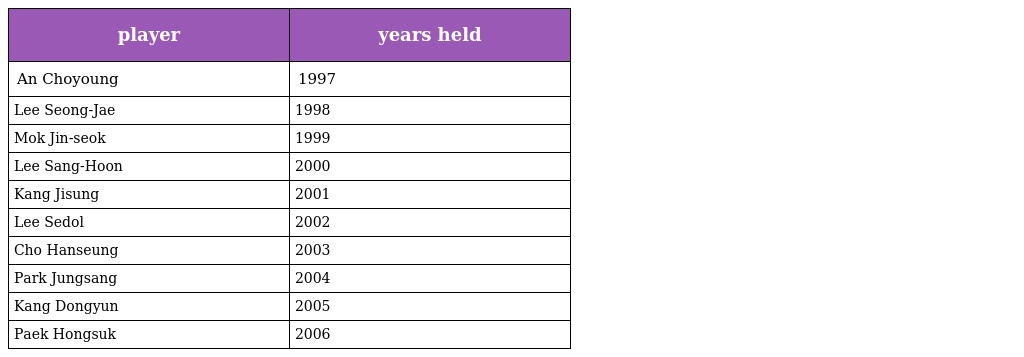
| player | years held |
 | --- | --- |
 | An Choyoung | 1997 |
 | Lee Seong-Jae | 1998 |
 | Mok Jin-seok | 1999 |
 | Lee Sang-Hoon | 2000 |
 | Kang Jisung | 2001 |
 | Lee Sedol | 2002 |
 | Cho Hanseung | 2003 |
 | Park Jungsang | 2004 |
 | Kang Dongyun | 2005 |
 | Paek Hongsuk | 2006 |